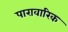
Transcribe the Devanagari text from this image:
पारावारिक